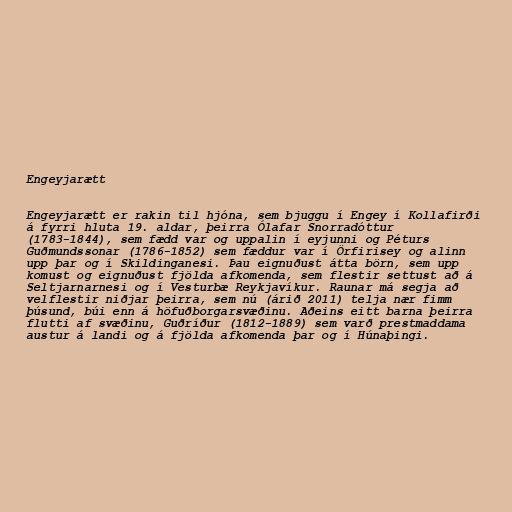
Engeyjarætt

Engeyjarætt er rakin til hjóna, sem bjuggu í Engey í Kollafirði
á fyrri hluta 19. aldar, þeirra Ólafar Snorradóttur
(1783-1844), sem fædd var og uppalin í eyjunni og Péturs
Guðmundssonar (1786-1852) sem fæddur var í Örfirisey og alinn
upp þar og í Skildinganesi. Þau eignuðust átta börn, sem upp
komust og eignuðust fjölda afkomenda, sem flestir settust að á
Seltjarnarnesi og í Vesturbæ Reykjavíkur. Raunar má segja að
velflestir niðjar þeirra, sem nú (árið 2011) telja nær fimm
þúsund, búi enn á höfuðborgarsvæðinu. Aðeins eitt barna þeirra
flutti af svæðinu, Guðríður (1812-1889) sem varð prestmaddama
austur á landi og á fjölda afkomenda þar og í Húnaþingi.